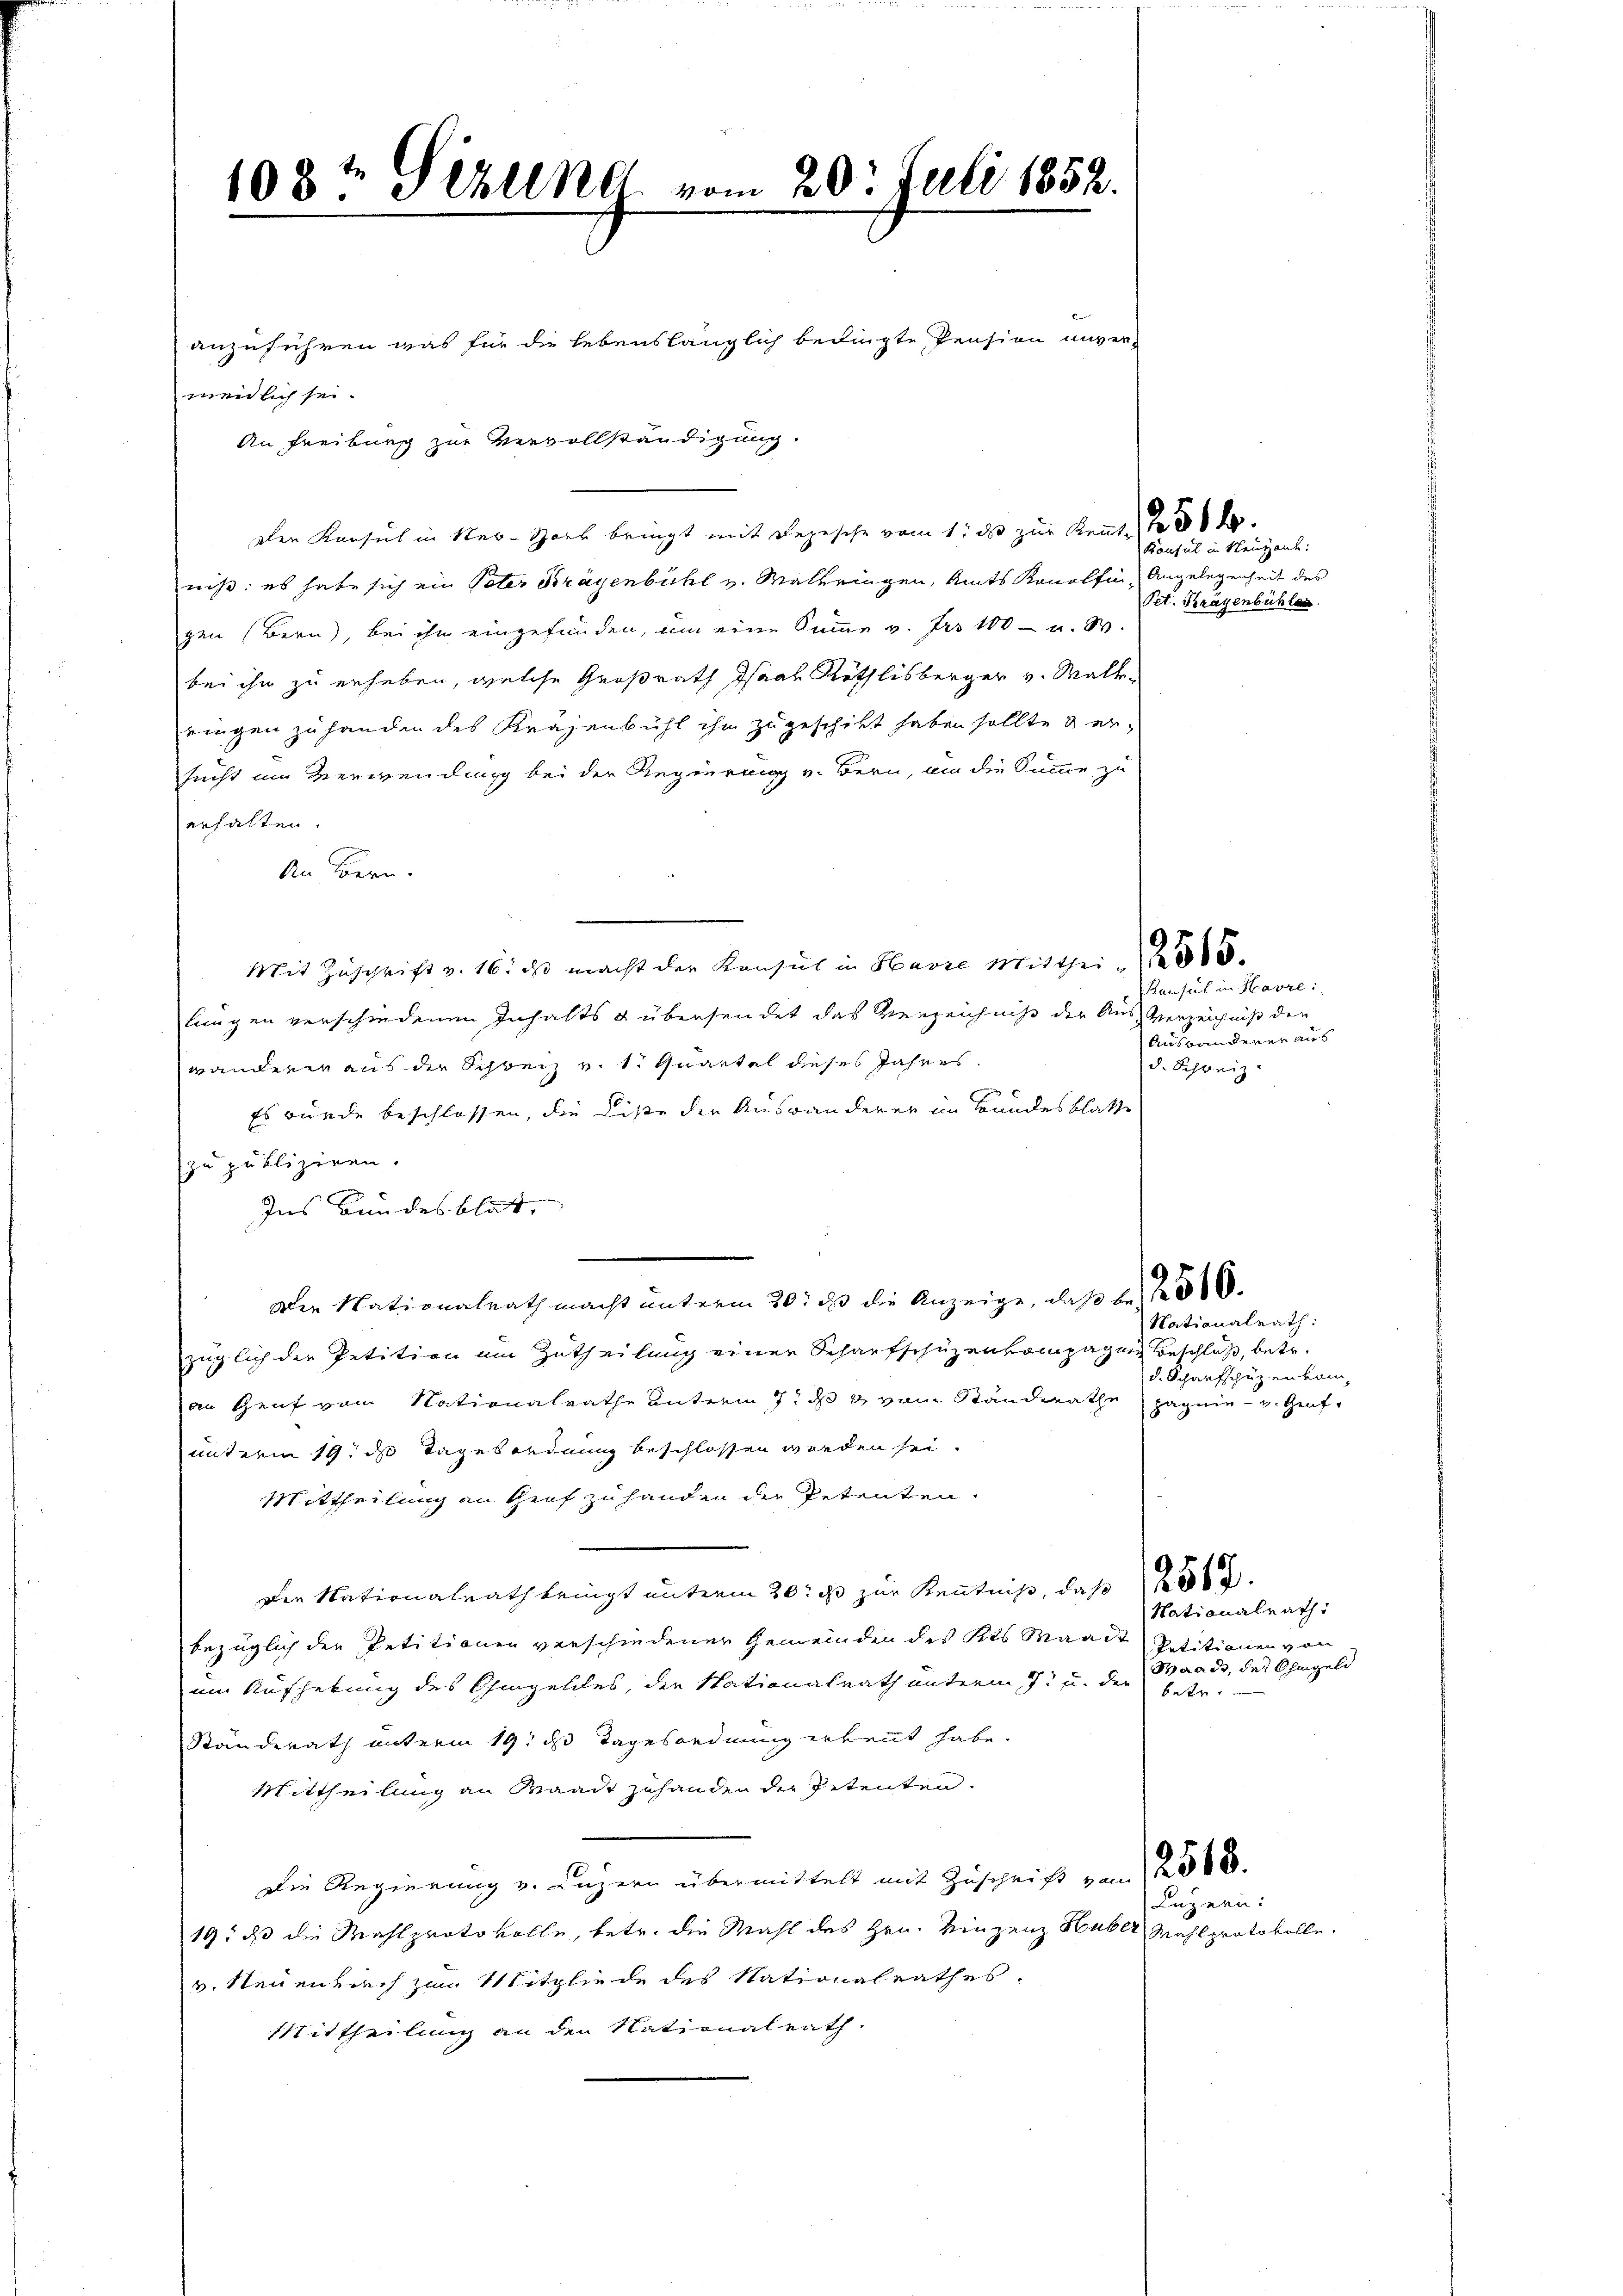
anzuführen, was für die lebenslänglich bedingte Pension unver-
meidlich sei.
An Freiburg zur Vervollständigung.
den Konsul in Ner-Hork bringt mit Depesche vom 1. ds zur Kennt. 250 f.
niß: es habe sich ein Vater Kragenbühl v. Maleringen, Amts Konolfin Angelegenheit des
gen (Bern, bei ihn eingefunden, um eine Summe v. Fr. 100 - u. W.
bei ihm zu erheben, welche Großrath Isaar Röthlisberger v. Malte
ringen zu handen des Kräjenbühl ihm zugeschikt haben sollte dersucht im Verwendung bei der Regierung v. Bern, um die Summe zu
erhalten.
An Bern.
Mit Zuschrift v. 16. ds macht der Konsul in Havre Mitthei 2500.
lungen verschiedenen Inhalts g übersendet das Verzeichnis der Aus-Verzeichniß den
wandern aus der Schweiz v. 1. Quartel dieses Jahres.
Es wurde beschlossen, die Liste der Auswanderer im Bandesblatte
zu publiziren.
Ins Bundesblat,
Die Nationalrath macht unterm 20. ds die Anzeige, daß der 310.
züglich der Petition am Zutheilung einer Schaufschüzenkompagnie Beschluß, betr.
an Genf vom Nationalrathe unterm 7. ds vom Standerathe pagnie v. Genf,
unterm 19. ds Tagesordnung beschlossen werden sei.
Mittheilung an Genf zu handen die Petenten.
Der Nationalrath bringt unterm 20. ds zur Kenntniß, daß 256.
bezüglich der Petitionen verschiedener Gemeinden des Kts Waadt
em Aushebung des Chingeldes, die Nationalrath unterm 7. u. der betr.
Standerath unterm 19. ds Tagesordnung erkennt habe.
Mittheilung an Waadt zuhanden der Petenten.
Die Regierung v. Luzern übermittelt mit Zuschrift von 12000.
19, daß die Wahlprotokolle, betr. die Mahl des Hrn. Hinzenz Huber, Mahlprotokolle,
v. Neuenbuch zum Mitgliede des Nationalrathes.
Mittheilung an den Nationalrath

108t Gizung vom 20t Juli 1852.

Konsul in Neugarte:
Pet. Kragenbühler

Konsul in Havre:
Ausbanderer aus
d. Schweiz.

Nationalrath:
d. Scharfschüzenkam,

Nationalrath:
Petitionen von
Waadt, das Ohmgeld

Luzern: